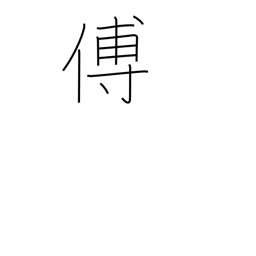
Meaning: tutor